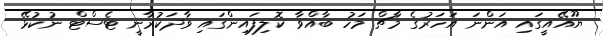
ޔޫއޭއީގައި އަންނަ އަހަރުގެ މާޗް މަހު ބާއްވާ ކޮލިފައިންގައި ވާދަކުރާނީ ޓެސްޓް ނުކުޅޭ